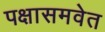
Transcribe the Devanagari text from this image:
पक्षासमवेत